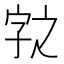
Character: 𭓆